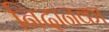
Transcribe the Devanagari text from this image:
निदानका